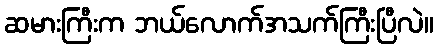
ဆမားကြီးက ဘယ်လောက်အသက်ကြီးပြီလဲ။